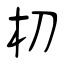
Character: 朷